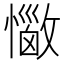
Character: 𢣈